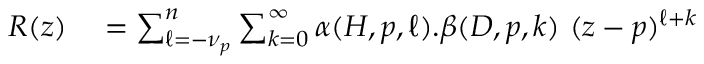
\begin{array} { r } { \begin{array} { r l } { R ( z ) } & { { } = \sum _ { \ell = - \nu _ { p } } ^ { n } \sum _ { k = 0 } ^ { \infty } \alpha ( H , p , \ell ) . \beta ( D , p , k ) ~ ( z - p ) ^ { \ell + k } } \end{array} } \end{array}